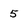
Character: 5